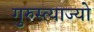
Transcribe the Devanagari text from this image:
गुरुस्त्याज्यो